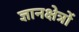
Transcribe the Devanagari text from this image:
ज्ञानक्षेत्रों